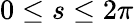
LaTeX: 0\leq s\leq 2\pi